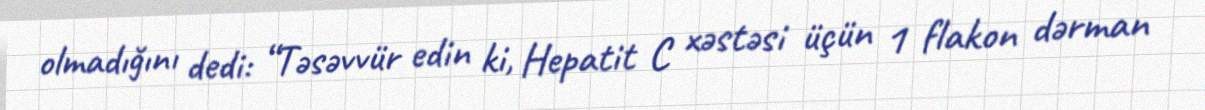
olmadığını dedi: “Təsəvvür edin ki, Hepatit C xəstəsi üçün 1 flakon dərman